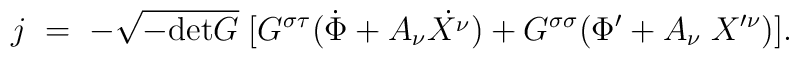
j\;=\;-\sqrt{-\mbox{det}G}\;[G^{\sigma\tau}(\dot{\Phi}+A_\nu\dot{X^{\nu}})+G^{\sigma\sigma}(\Phi^{\prime}+A_\nu\;X^{\prime\nu})].